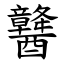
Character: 䤗